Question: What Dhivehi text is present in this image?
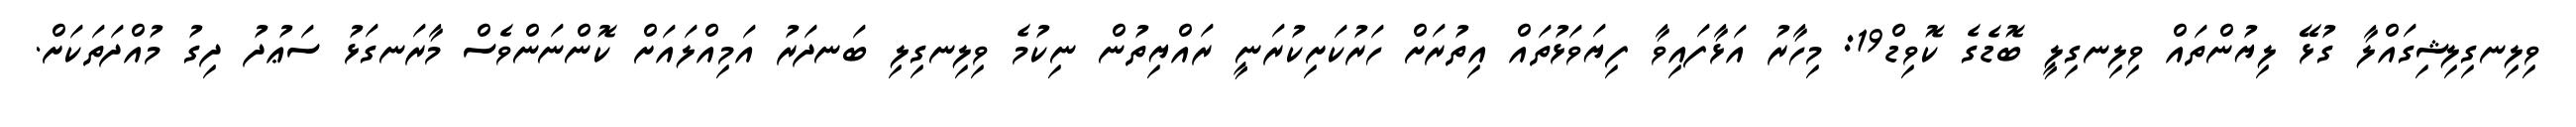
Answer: ވިލިނގިލިޝިގައްލާ ގުޅޭ ލިޔުންތައް ވިލިނގިލީ ބޮޑެގެ ކޮވިޑް19: މިހާރު އަޅާފައިވާ ފިޔަވަޅުތައް އިތުރަށް ހަރުކަށިކުރަނީ ރައްޔިތުން ނިކުމެ ވިލިނގިލި ބަނދަރު އަމިއްލައަށް ކޮންނަންވެސް މާރަނގަޅު ސަޢުދު ދިގު މުއްދަތަކަށް.